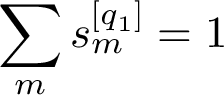
\sum _ { m } s _ { m } ^ { [ q _ { 1 } ] } = 1